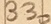
Text: 330